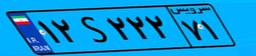
۱۲S۰۹۶۷۵